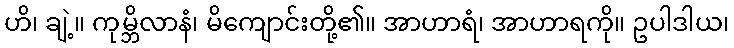
ဟိ၊ ချဲ့။ ကုမ္ဘိလာနံ၊ မိကျောင်းတို့၏။ အာဟာရံ၊ အာဟာရကို။ ဥပါဒါယ၊